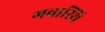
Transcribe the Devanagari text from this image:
गवास्थि